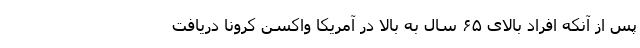
پس از آنکه افراد بالای ۶۵ سال به بالا در آمریکا واکسن کرونا دریافت